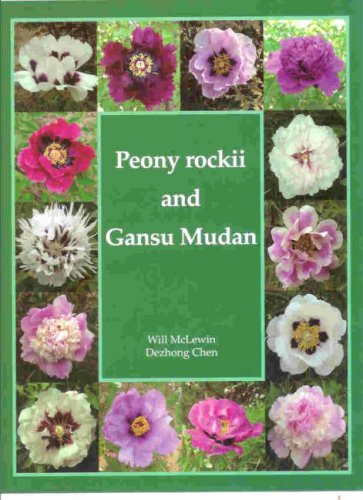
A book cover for Peony Rockii and Gansu Mudan; Will McLewin; Crafts, Hobbies & Home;